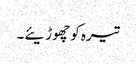
تیرہ کو چھوڑیئے۔